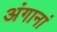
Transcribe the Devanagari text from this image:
अंगानां